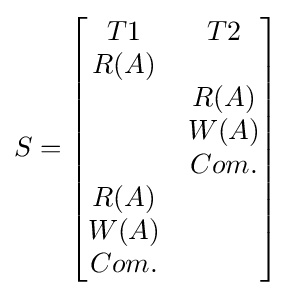
S={\begin{bmatrix}T1&T2\\R(A)&\\&R(A)\\&W(A)\\&Com.\\R(A)&\\W(A)&\\Com.&\end{bmatrix}}